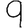
Digit: 9